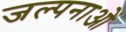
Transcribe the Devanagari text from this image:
जल्पनाओं